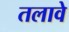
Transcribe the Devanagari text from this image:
तलावे